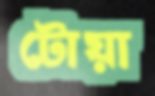
টোয়া